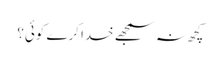
کچھ نہ سمجھے خدا کرے کوئی؟